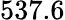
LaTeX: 537.6